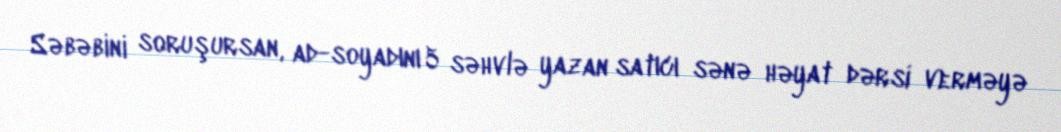
Səbəbini soruşursan, ad-soyadını 5 səhvlə yazan satıcı sənə həyat dərsi verməyə